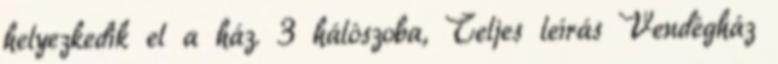
helyezkedik el a ház. 3 hálószoba, Teljes leírás Vendégház